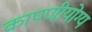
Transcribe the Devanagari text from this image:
कापणीयोग्य